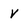
Character: V